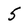
Character: 5